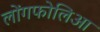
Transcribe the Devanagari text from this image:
लोंगफोलिआ